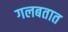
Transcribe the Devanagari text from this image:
गलबतात